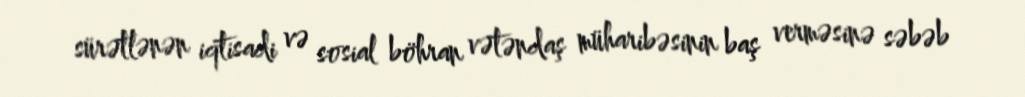
sürətlənən iqtisadi və sosial böhran vətəndaş müharibəsinin baş verməsinə səbəb